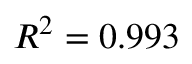
R ^ { 2 } = 0 . 9 9 3